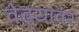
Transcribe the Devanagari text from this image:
वेढ्यावर